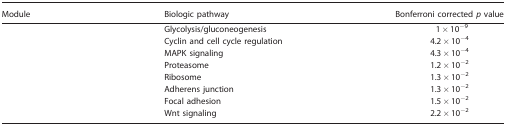
<table><thead><tr><td><b>Module</b></td><td><b>Biologic pathway</b></td><td><b>Bonferroni corrected <i>p</i> value</b></td></tr></thead><tbody><tr><td>[EMPTY_CELL]</td><td>Glycolysis/gluconeogenesis</td><td>1 × 10<sup>−9</sup></td></tr><tr><td>[EMPTY_CELL]</td><td>Cyclin and cell cycle regulation</td><td>4.2 × 10<sup>−4</sup></td></tr><tr><td>[EMPTY_CELL]</td><td>MAPK signaling</td><td>4.3 × 10<sup>−4</sup></td></tr><tr><td>[EMPTY_CELL]</td><td>Proteasome</td><td>1.2 × 10<sup>−2</sup></td></tr><tr><td>[EMPTY_CELL]</td><td>Ribosome</td><td>1.3 × 10<sup>−2</sup></td></tr><tr><td>[EMPTY_CELL]</td><td>Adherens junction</td><td>1.3 × 10<sup>−2</sup></td></tr><tr><td>[EMPTY_CELL]</td><td>Focal adhesion</td><td>1.5 × 10<sup>−2</sup></td></tr><tr><td>[EMPTY_CELL]</td><td>Wnt signaling</td><td>2.2 × 10<sup>−2</sup></td></tr></tbody></table>